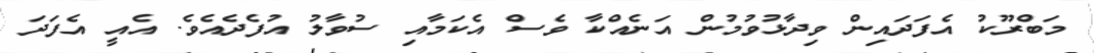
މަބްރޫކު އެފަދައިން ވިދާޅުވުމުން އަނެއްކާ ވެސް އެކަމާއި ސުވާލު އުފެދެއެވެ. އެއީ އެފަދަ